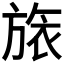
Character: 𣄆